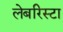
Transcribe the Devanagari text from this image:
लेबरिस्टा